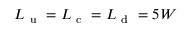
L _ { \mathrm { ~ u ~ } } = L _ { \mathrm { ~ c ~ } } = L _ { \mathrm { ~ d ~ } } = 5 W